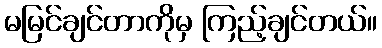
မမြင်ချင်တာကိုမှ ကြည့်ချင်တယ်။